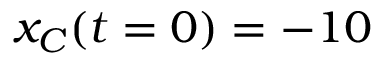
x _ { C } ( t = 0 ) = - 1 0